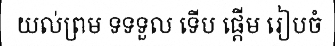
យល់ព្រម ទទទួល ទើប ផ្តើម រៀបចំ